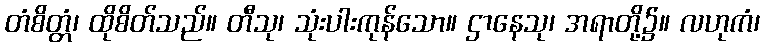
တံစိတ္တံ၊ ထိုစိတ်သည်။ တီသု၊ သုံးပါးကုန်သော။ ဌာနေသု၊ အရာတို့၌။ လဟုကံ၊